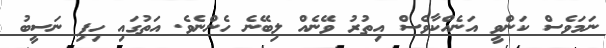
ނަމަވެސް ކަންވީ އަނެއްކާވެސް އިތުރު ވޭނެއް ލިބޭނެ ހެންނެވެ. އަތުގައި ހިފި ނަސީބު